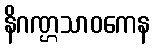
နိဂဏ္ဌသာဝကေန